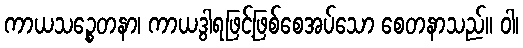
ကာယသဉ္စေတနာ၊ ကာယဒွါရဖြင့်ဖြစ်စေအပ်သော စေတနာသည်။ ဝါ၊